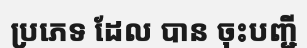
ប្រភេទ ដែល បាន ចុះបញ្ជី